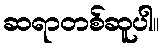
ဆရာတစ်ဆူပါ။